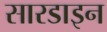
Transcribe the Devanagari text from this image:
सारडाइन